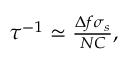
\begin{array} { r } { \tau ^ { - 1 } \simeq \frac { \Delta f \sigma _ { s } } { N C } , } \end{array}